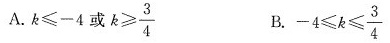
A.$$k ≤ - 4$$或$$k ≥ \frac { 3 } { 4 }$$ B. $$- 4 ≤ k ≤ \frac { 3 } { 4 }$$